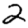
Digit: 2